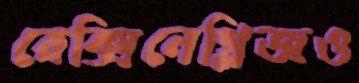
রেক্সিনেগ্লিজও